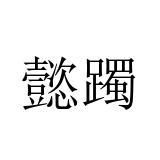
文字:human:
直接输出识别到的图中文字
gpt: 懿躅